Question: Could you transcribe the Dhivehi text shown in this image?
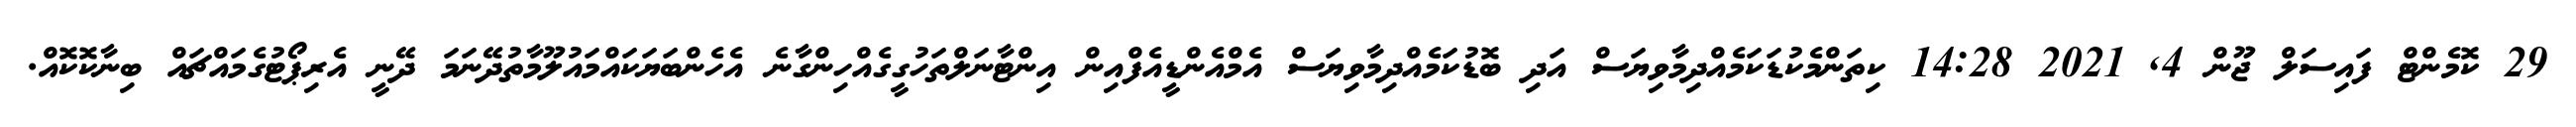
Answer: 29 ކޮމެންޓް ފައިސަލް ޖޫން 4, 2021 14:28 ކިތަންމެކުޑަކަމެއްދިމާވިޔަސް އަދި ބޮޑުކަމެއްދިމާވިޔަސް އެމްއެންޑީއެފްއިން އިންޓާނަލްތަހުގީގެއްހިންގާނެ އެހެންބަޔަކައްމައުލޫމާތުދޭނަމަ ދޭނީ އެރިޕޯޓުގެމައްޗައް ބިނާކޮކޮއް.